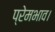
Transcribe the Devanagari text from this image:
प्रेमभाव।